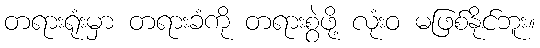
တရားရုံးမှာ တရားခံကို တရားစွဲဖို့ လုံးဝ မဖြစ်နိုင်ဘူး။